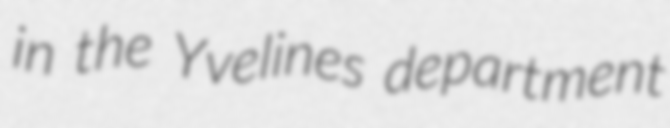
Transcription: in the Yvelines department